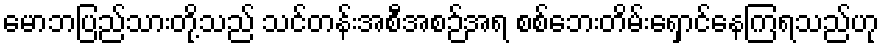
မောဘပြည်သားတို့သည် သင်တန်းအစီအစဉ်အရ စစ်ဘေးတိမ်းရှောင်နေကြရသည်ဟု